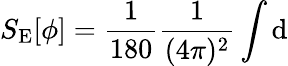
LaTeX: S_{\mathrm{E}}[\phi]=\frac{1}{180}\frac{1}{(4\pi)^{2}}\int\mathrm{d}